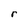
Character: r